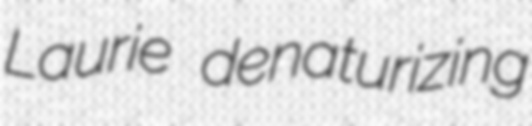
Laurie denaturizing